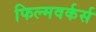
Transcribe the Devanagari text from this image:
फिल्मवर्कर्स